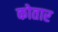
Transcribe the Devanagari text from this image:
कोतार